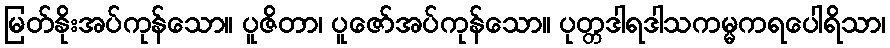
မြတ်နိုးအပ်ကုန်သော။ ပူဇိတာ၊ ပူဇော်အပ်ကုန်သော။ ပုတ္တဒါရဒါသကမ္မကရပေါရိသာ၊